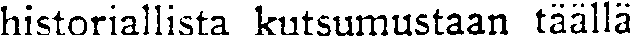
historiallista kutsumustaan täällä